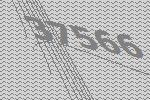
37566